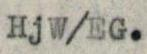
HjW/EG.